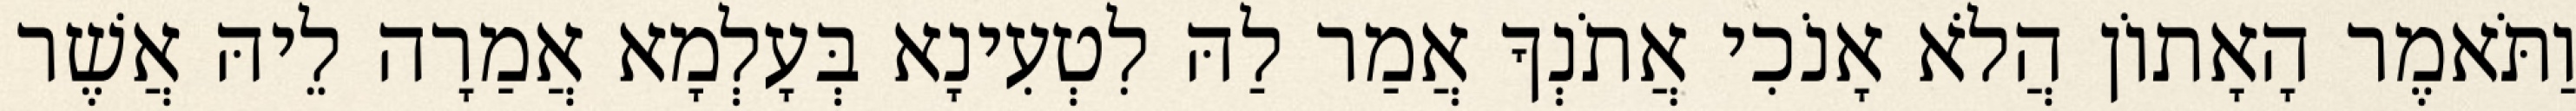
וַתֹּאמֶר הָאָתוֹן הֲלֹא אָנֹכִי אֲתֹנְךָ אֲמַר לַהּ לִטְעִינָא בְּעָלְמָא אֲמַרָה לֵיהּ אֲשֶׁר